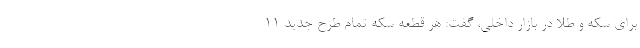
برای سکه و طلا در بازار داخلی، گفت: هر قطعه سکه تمام طرح جدید ۱۱